Civil Veterinary Department Bihar & Orissa reports 1922-29 - 1922-1929
Year: 1922
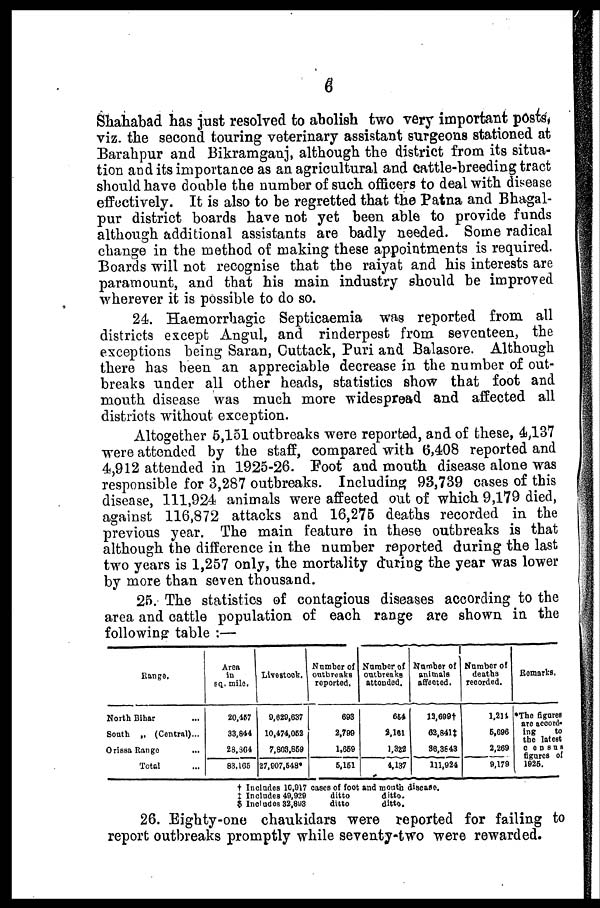
6
Shahabad has just resolved to abolish two very important posts*
viz. the second touring veterinary assistant surgeons stationed at
Barahpur and Bikramganj, although the district from its situa-
tion and its importance as an agricultural and cattle-breeding tract
should have double the number of such officers to deal with disease
effectively. It is also to be regretted that the Patna and Bhagal-
pur district boards have not yet been able to provide funds
although additional assistants are badly needed. Some radical
change in the method of making these appointments is required.
Boards will not recognise that the raiyat and his interests are
paramount, and that his main industry should be improved
wherever it is possible to do so.
24. Haemorrhagic Septicaemia was reported from all
districts except Angul, and rinderpest from seventeen, the
exceptions being Saran, Cuttack, Puri and Balasore. Although
there has been an appreciable decrease in the number of out-
breaks under all other heads, statistics show that foot and
mouth disease was much more widespread and affected all
districts without exception.
Altogether 5,151 outbreaks were reported, and of these, 4,137
were attended by the staff, compared with 6,408 reported and
4,912 attended in 1925-26. Foot and mouth disease alone was
responsible for 3,287 outbreaks. Including 93,739 cases of this
disease, 111,924 animals were affected out of which 9,179 died,
against 116,872 attacks and 16,275 deaths recorded in the
previous year. The main feature in these outbreaks is that
although the difference in the number reported during the last
two years is 1,257 only, the mortality during the year was lower
by more than seven thousand.
25. The statistics of contagious diseases according to the
area and cattle population of each range are shown in the
following: table :—
Range.
North Bihar
South „ (Control)...
Orissa Range
Total
Area
in
Fq. mile.
20,157
33,844
28,304
83,105
Livestock.
0,820,637
10,474,062
7,803,869
27,007,548*
Numbor of
outbreaks
reported.
693
2,790
1,669
6,161
Number of
outbreaks
attended.
654
8,101
1,322
4,137
Number of
animals
affected.
13.699t
62,841
36,3843
111,024
Number of
deaths
recorded.
1,211
6,696
2,269
9,179
Remarks.
*The figure
are accord*
ing
to
the latest
c e n s u s
figures of
1925.
+ Includes 10,017 coses of foot and moutio diseaso.
Includes 40,929
ditto
ditto.
Includes 32.893
ditto
ditto.
26. Eighty-one chaukidars were reported for failing to
report outbreaks promptly while seventy-two were rewarded.